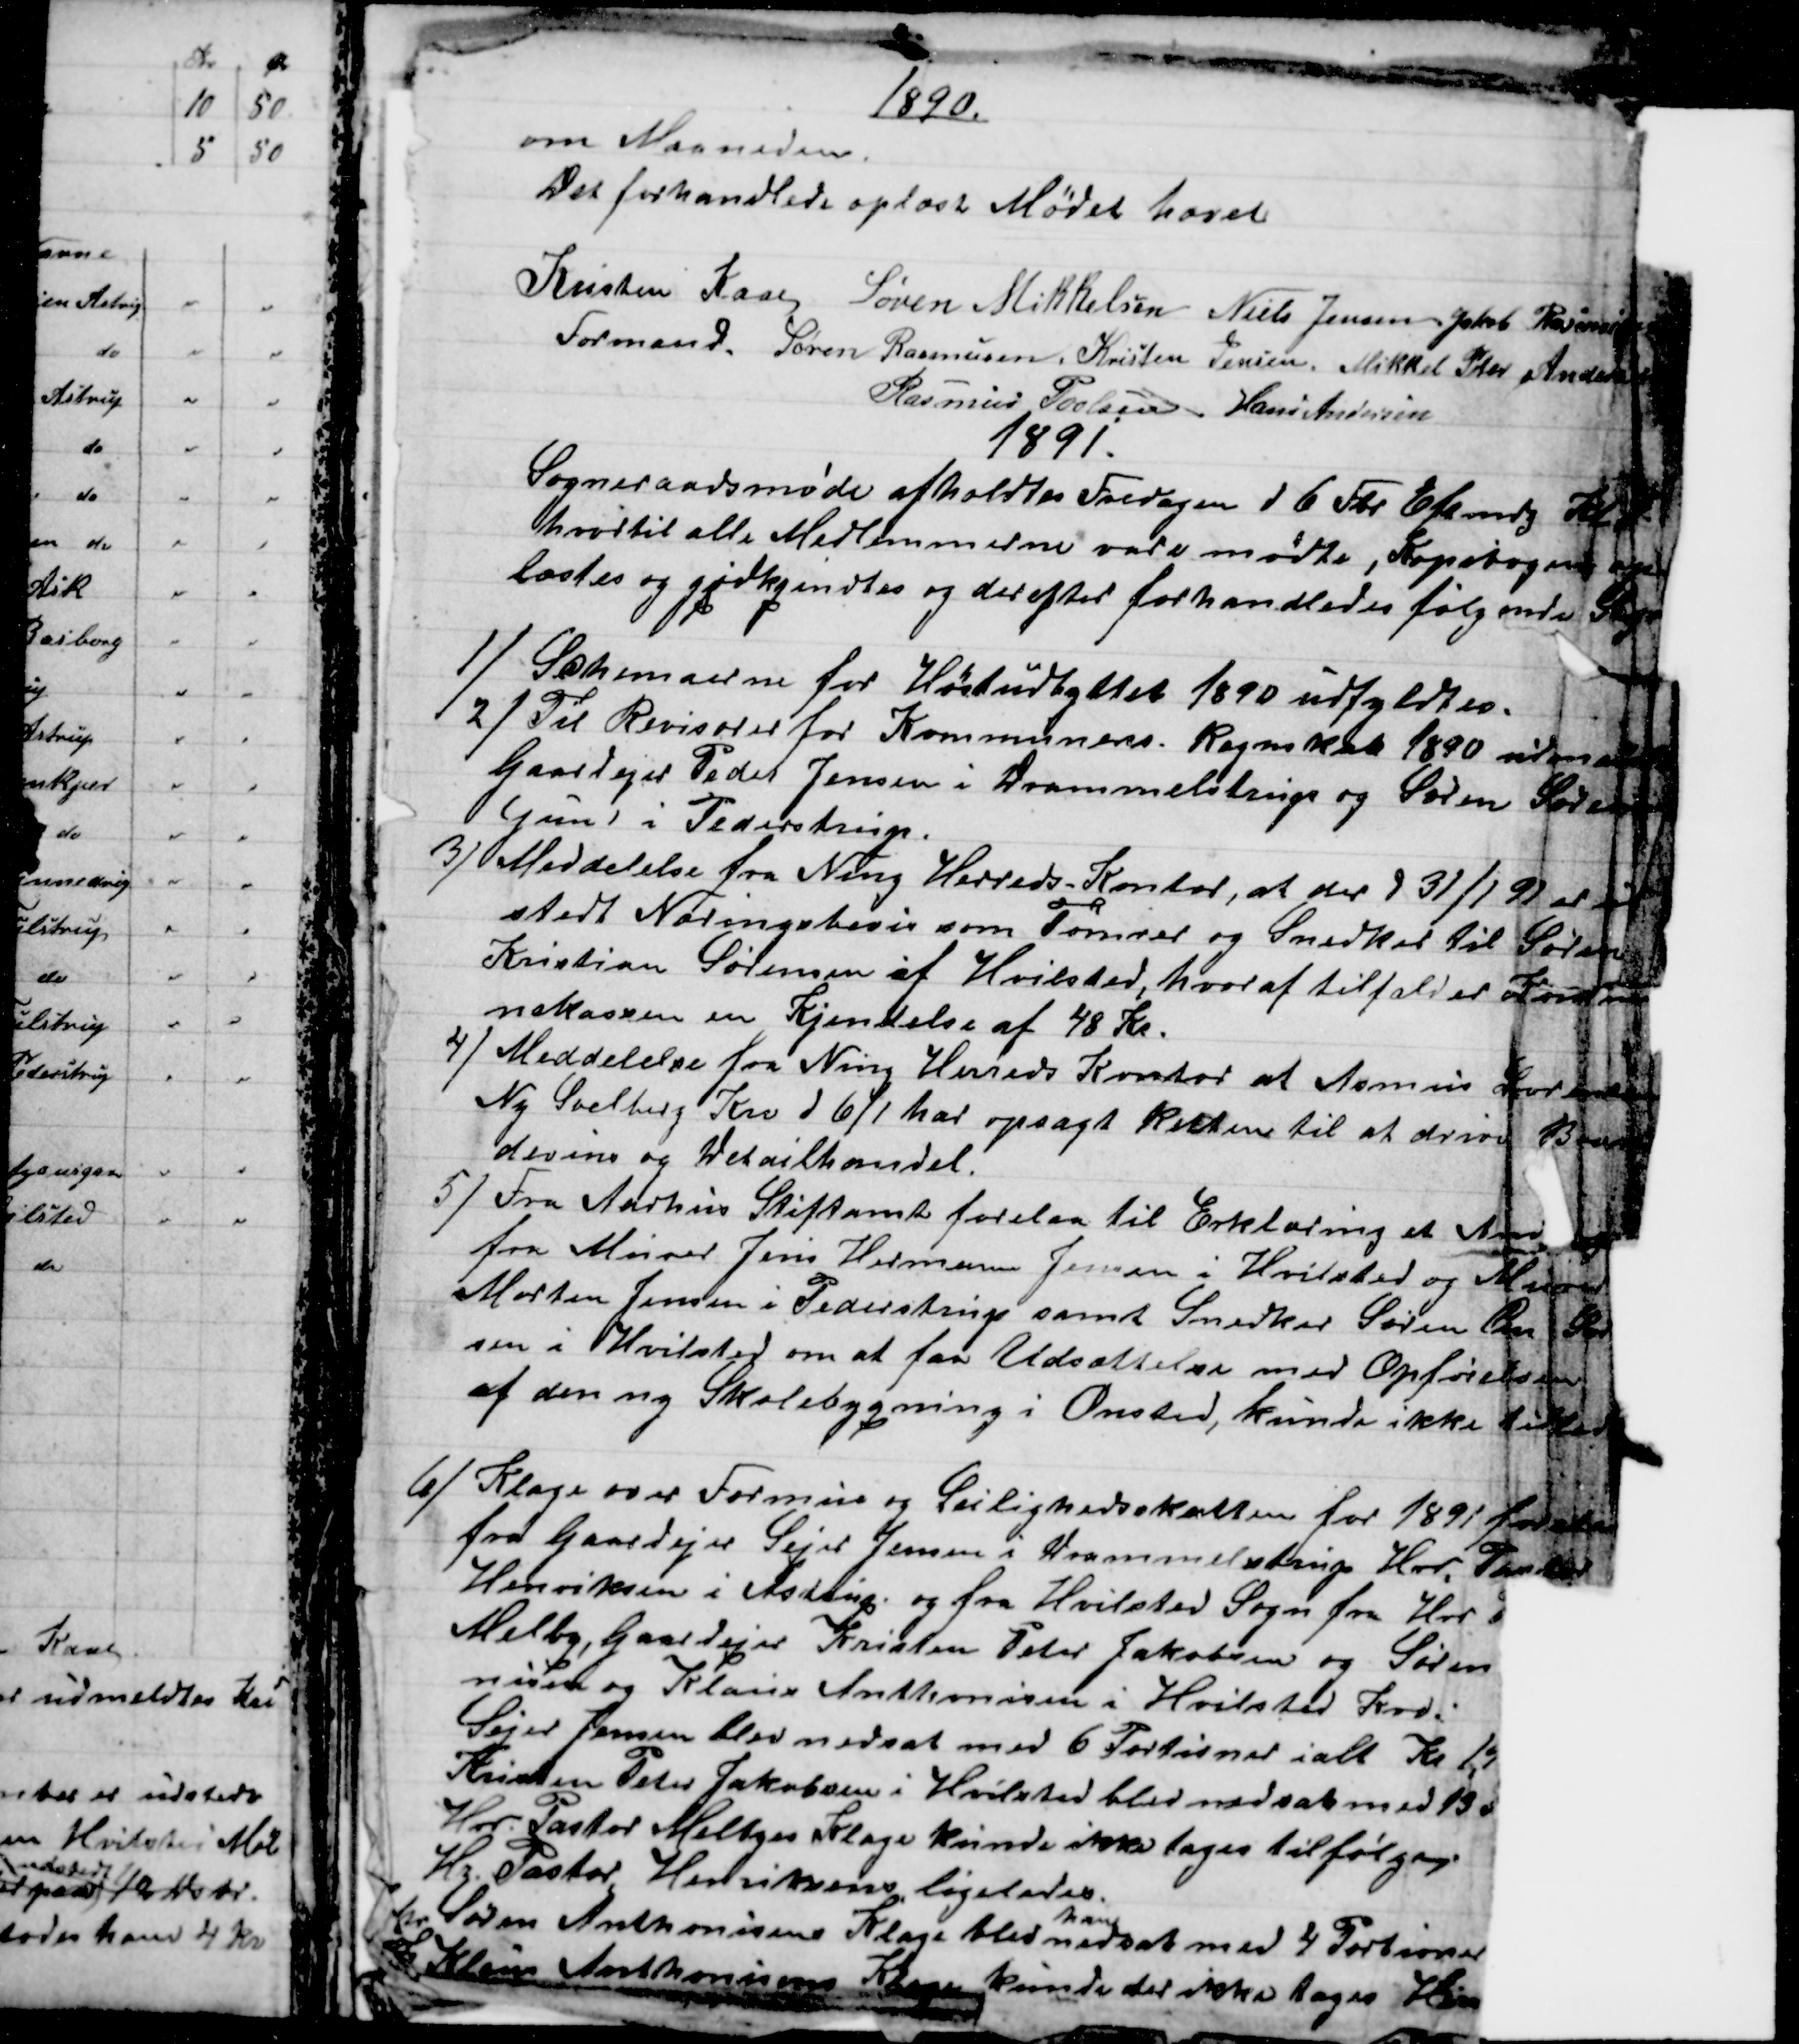
Transskription:
1890.
om Maaneden.
Det forhandlede oplæst Mødet hævet
Kristen Kaae 
Formand. 
Søren Mikkelsen Niels Jensen Jakob Rasmussen
Søren Rasmussen. Kristen Jensen. Mikkel Peter Andersen
Rasmus Povlsen. Hans Andersen
1891.
Sogneraadsmøde afholdtes Fredagen d 6 Fbr. Eftmd Kl 
hvortil alle Medlemmerne vare mødte, Kopibogen op
læstes og godkjendtes og derefter forhandledes følgende Sager
1) Schemaerne for Høstudbyttet 1890 udfyldtes.
2) Til Revisorer for Kommunens Regnskab 1890 udmeldtes
Gaardejer Peder Jensen i Drammelstrup og Søren Sørensen
(jun) i Pederstrup.
3) Meddelelse fra Ning Herreds-Kontor, at der d 31/1 91 er ud-
stedt Næringsbevis som Tømrer og Snedker til Søren
Kristian Sørensen af Hvilsted, hvoraf tilfalder Kommu
nekassen en Kjendelse af 48 Kr.
4) Meddelelse fra Ning Herreds Kontor at Asmus Sørensen
Ny Soelberg Kro d 6/1 har opsagt Retten til at drive Bræn
devins og Detailhandel.
5) Fra Aarhus Stiftamt forelaa til Erklæring et Andr
fra Murer Jens Hermann Jensen i Hvilsted og Murer
Morten Jensen i Pederstrup samt Snedker Søren Pe Sør
sen i Hvilsted om at faa Udsættelse med Opførelsen
af den ny Skolebygning i Onsted, kunde ikke til
6) Klage over Formue og Leilighedsskatten for 1891 forelaa
fra Gaardejer Sejer Jensen i Drammelstrup Hrr. Pastor
Henriksen i Astrup og fra Hvilsted Sogn fra Hrr 
Melby, Gaardejer Kristen Peter Jakobsen og Søren
nisen og Klaus Anthonisen i Hvilsted Kro:
Sejer Jensen blev nedsat med 6 Portioner ialt Kl 1
Kristen Peter Jakobsen i Hvilsted blev nedsat med 13 
Hrr. Pastor Melbyes Klage kunde ikke tages tilfølge
Hr. Pastor Henriksens ligeledes.
hr Søren Anthonisens Klage blev 
han
nedsat med 4 Portioner
 Klaus Anthonisens Klage kunde der ikke tages Hen